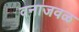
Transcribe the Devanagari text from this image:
वनाजवळ